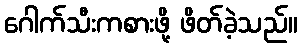
ဂေါက်သီးကစားဖို့ ဖိတ်ခဲ့သည်။